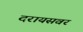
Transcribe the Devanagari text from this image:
दरायसवर